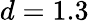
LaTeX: d=1.3